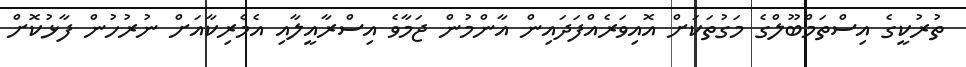
ތުރުކީގެ އިސްތަމްބޫލްގެ މަގުތަކަށް އޮއިވަރެއްފަދައިން އާންމުން ޖަމާވެ އިސްރާއީލާއި އެމެރިކާއަށް ނުރުހުން ފާޅުކޮށް